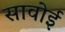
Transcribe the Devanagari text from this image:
सावोई